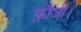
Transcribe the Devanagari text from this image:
फ़ौजी।